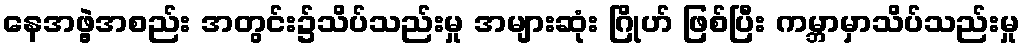
နေအဖွဲ့အစည်း အတွင်း၌သိပ်သည်းမှု အများဆုံး ဂြိုဟ် ဖြစ်ပြီး ကမ္ဘာမှာသိပ်သည်းမှု